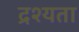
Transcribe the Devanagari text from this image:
द्रश्यता